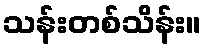
သန်းတစ်သိန်း။